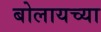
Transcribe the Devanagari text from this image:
बोलायच्या